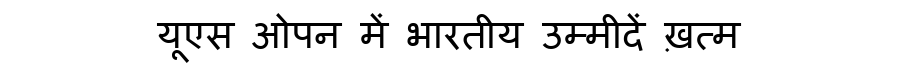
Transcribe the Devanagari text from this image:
यूएस ओपन में भारतीय उम्मीदें ख़त्म